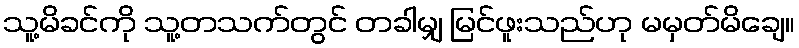
သူ့မိခင်ကို သူ့တသက်တွင် တခါမျှ မြင်ဖူးသည်ဟု မမှတ်မိချေ။